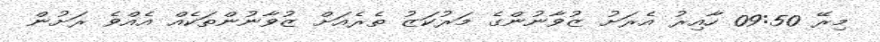
މިރޭ 09:50 ހާއިރު އެރަށު ޒުވާނުންގެ މަރުކަޒު ތެރެއަށް ޒުވާނުންތަކެއް އެއްވެ ރަށުން